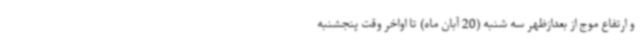
و ارتفاع موج از بعدازظهر سه شنبه (20 آبان ماه) تا اواخر وقت پنجشنبه